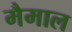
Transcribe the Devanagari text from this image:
मैमाल